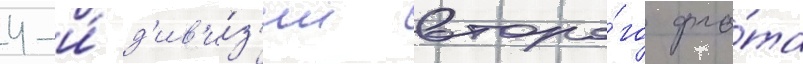
4-и́ д'ив'и́з'ии второ́го фло́та